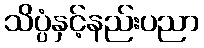
သိပ္ပံနှင့်နည်းပညာ